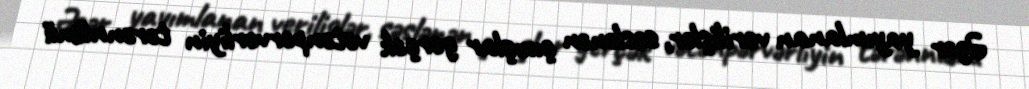
Əgər yayımlanan verilişlər, səslənən çıxışlar gerçək vətənpərvərliyin tərənnümü